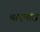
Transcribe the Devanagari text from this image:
थाएनॉस